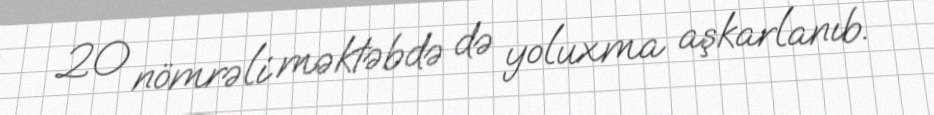
20 nömrəli məktəbdə də yoluxma aşkarlanıb.